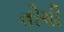
તોચી